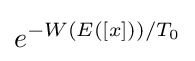
e^{-W(E([x]))/T_{0}}